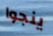
ينجوا